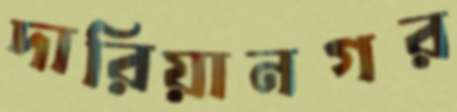
দারিয়ানগর